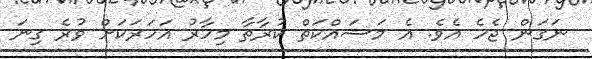
ނަގަން ޖެހެ އެވެ. އެ މަސައްކަތް ކުރާތާ މިހާރު އަހަރަކަށް ވުރެ ގިނަ